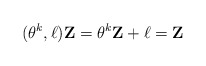
\begin{align*}(\theta ^k, {\bf \ell}){\bf Z}=\theta ^k {\bf Z}+{\bf \ell}={\bf Z}\end{align*}